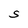
Character: S